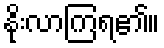
နိုးလာကြရ၏။